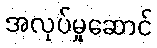
အလုပ်မှုဆောင်